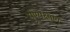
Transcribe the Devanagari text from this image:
पुण्यक्षीण